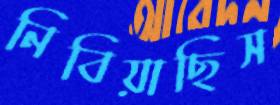
নিবিয়াছিস